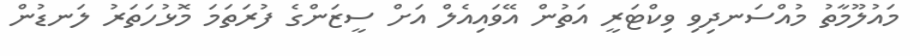
މައުލޫމާތު މުއްސަނދިވި ވިކްޓަރީ އަތުން އޭވައިއެލް އަށް ސީޒަންގެ ފުރަތަމަ މޮޅުހަތަރު ލަނޑުން